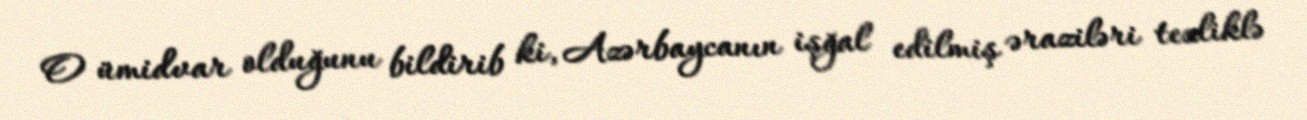
O ümidvar olduğunu bildirib ki, Azərbaycanın işğal edilmiş əraziləri tezliklə